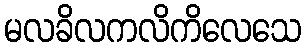
မလခိလကလိကိလေသေ